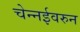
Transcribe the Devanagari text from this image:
चेन्नईवरुन